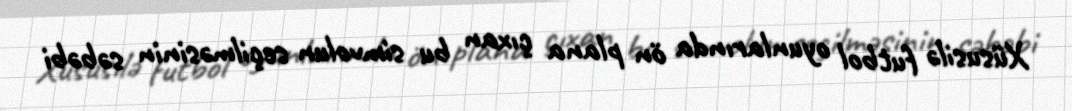
Xüsusilə futbol oyunlarında ön plana çıxan bu simvolun seçilməsinin səbəbi